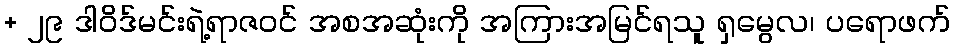
+ ၂၉ ဒါဝိဒ်မင်းရဲ့ရာဇဝင် အစအဆုံးကို အကြားအမြင်ရသူ ရှမွေလ၊ ပရောဖက်